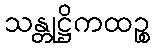
သန္တုဋ္ဌိကထဉ္စ